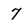
Character: 7